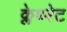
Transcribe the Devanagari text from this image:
क्लेथ्‍रेट